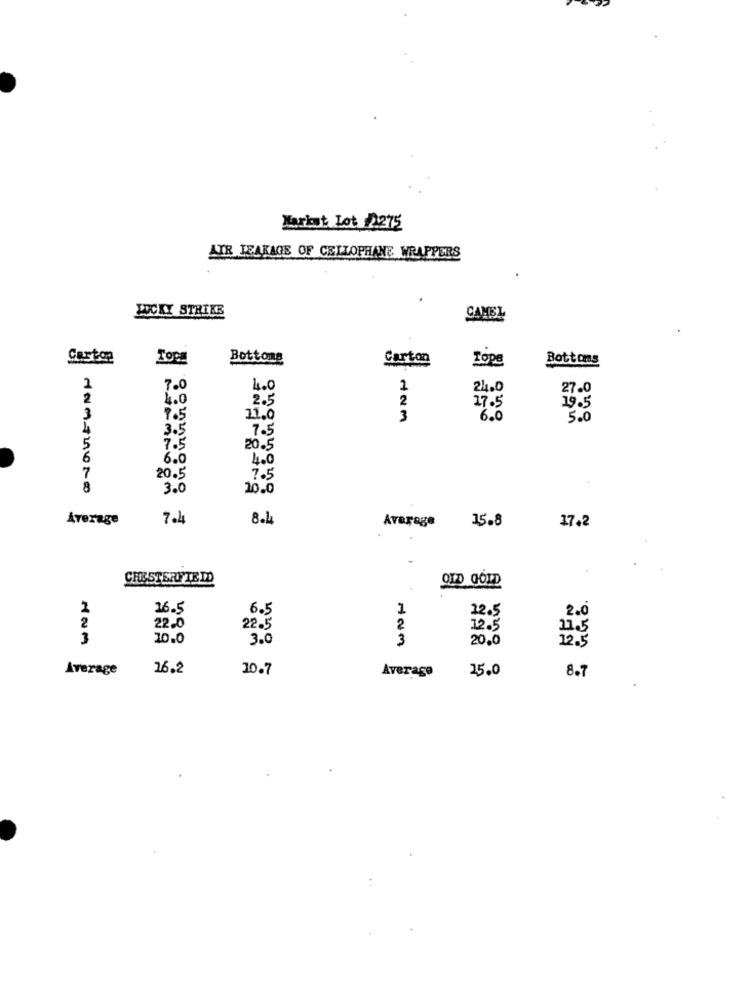
Markut Lot 1.275
AIR LEAKAGE OF CELLOPHANE WRAPPERS
WICKY STRIKE
CAMEL
Bottoms
Carton
Tope
Bottoms
7.0
4.0
24.0
27.0
4.0
2.5
2
27.5
19.5
3
7.5
11.0
3
6.0
5.0
3.5
7.5
20.5
6
6.0
4.0
20.5
7.5
3.0
10.0
Average
7.4
8.4
Average
15.8
17.2
CHESTERFIELD
OLD GOLD
2
16.5
6.5
1
2
12.5
.2.0
22.0
22.5
2
12.5
11.5
3
10.0
3.0
3
20.0
Average
26.2
10.7
Average
25.0
8.7